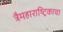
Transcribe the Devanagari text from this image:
त्रैमहाराष्ट्रिकाचा